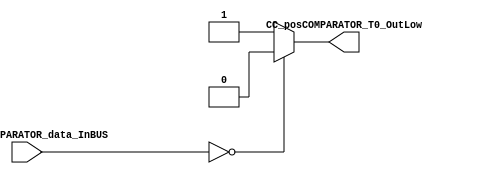
//=======================================================
//  MODULE Definition
//=======================================================
module CC_posCOMPARATOR #(parameter posCOMPARATOR_DATAWIDTH=3)(
//////////// OUTPUTS //////////
	CC_posCOMPARATOR_T0_OutLow,
//////////// INPUTS //////////
	CC_posCOMPARATOR_data_InBUS
);
//=======================================================
//  PARAMETER declarations
//=======================================================

//=======================================================
//  PORT declarations
//=======================================================
output	reg CC_posCOMPARATOR_T0_OutLow;
input 	[posCOMPARATOR_DATAWIDTH-1:0] CC_posCOMPARATOR_data_InBUS;
//=======================================================
//  REG/WIRE declarations
//=======================================================
//=======================================================
//  Structural coding
//=======================================================
always @(CC_posCOMPARATOR_data_InBUS)
begin
	if( CC_posCOMPARATOR_data_InBUS == 3'b000)
		CC_posCOMPARATOR_T0_OutLow = 1'b0;
	else 
		CC_posCOMPARATOR_T0_OutLow = 1'b1;
end

endmodule